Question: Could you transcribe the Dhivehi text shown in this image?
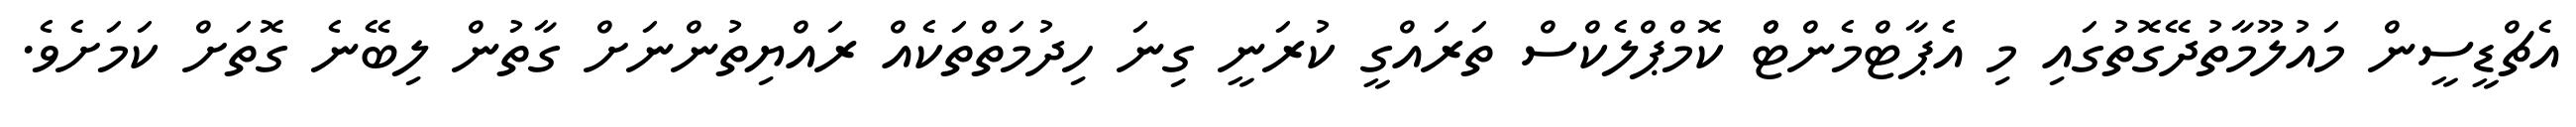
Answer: އެޗްޑީސީން މައުލޫމާތުދޭގޮތުގައި މި އެޕާޓްމެންޓްް ކޮމްޕްލެކްސް ތަރައްގީ ކުރަނީ ގިނަ ހިދުމަތްތަކެއް ރައްޔިތުންނަށް ގާތުން ލިބޭނެ ގޮތަށް ކަމަށެވެ.